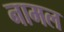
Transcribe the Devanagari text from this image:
नामल